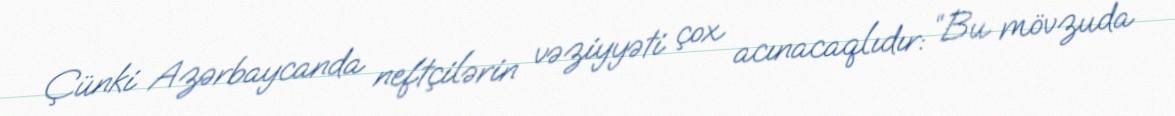
Çünki Azərbaycanda neftçilərin vəziyyəti çox acınacaqlıdır: “Bu mövzuda